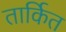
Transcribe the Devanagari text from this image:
तार्कित